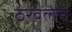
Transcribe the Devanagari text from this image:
ठरवलेच